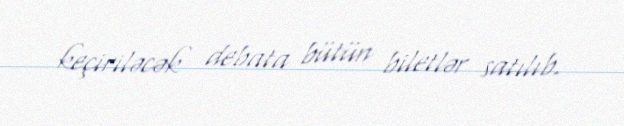
keçiriləcək debata bütün biletlər satılıb.